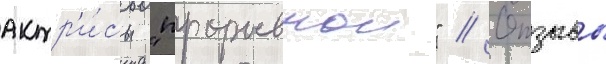
актр'и́сы "прорывнои" // Отзывы